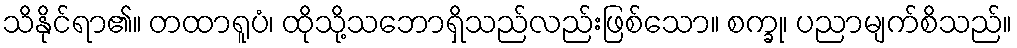
သိနိုင်ရာ၏။ တထာရူပံ၊ ထိုသို့သဘောရှိသည်လည်းဖြစ်သော။ စက္ခု၊ ပညာမျက်စိသည်။